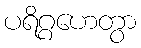
ပရိဂ္ဂဟေတွာ